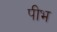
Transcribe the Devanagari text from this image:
पीभ